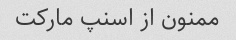
ممنون از اسنپ مارکت